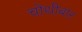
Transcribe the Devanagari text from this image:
चोथीबार